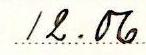
12.06